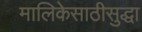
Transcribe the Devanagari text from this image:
मालिकेसाठीसुद्धा